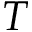
T